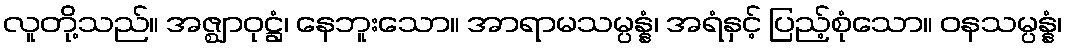
လူတို့သည်။ အဇ္ဈာဝုဋ္ဌံ၊ နေဘူးသော။ အာရာမသမ္ပန္နံ၊ အရံနှင့် ပြည့်စုံသော။ ဝနသမ္ပန္နံ၊